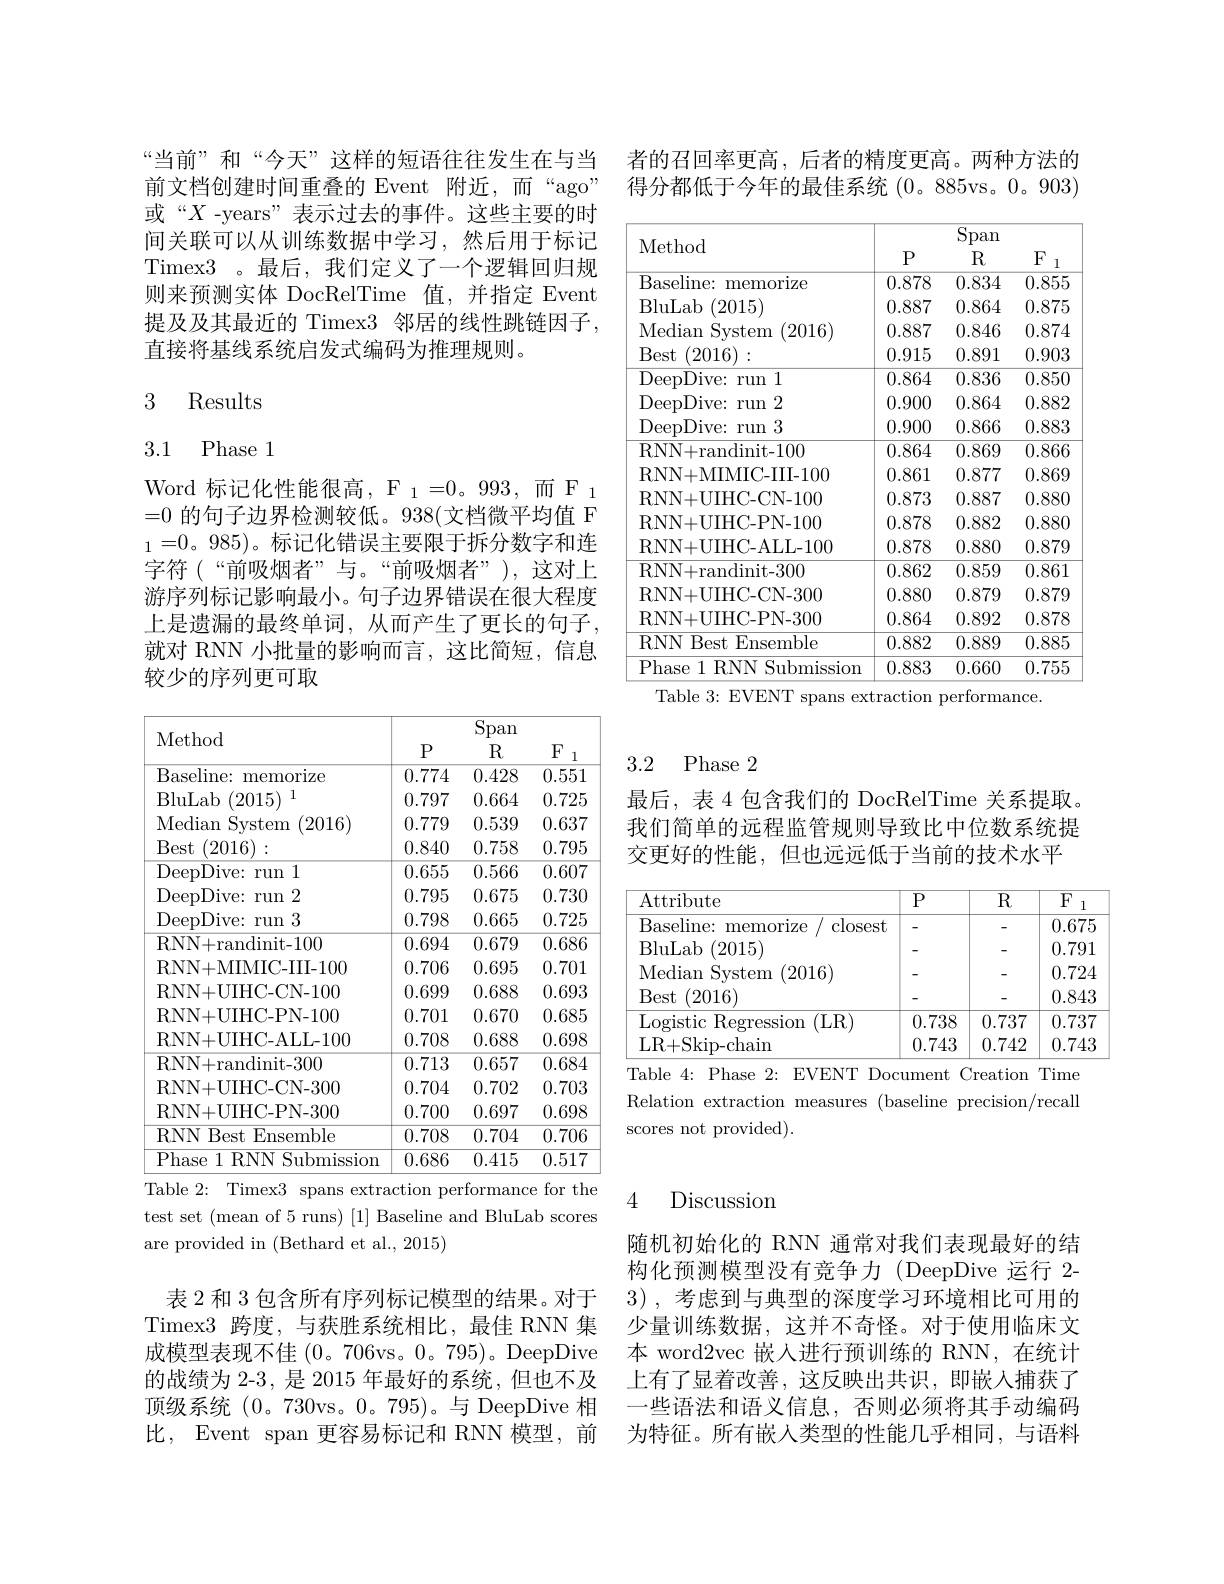
者的召回率更高，后者的精度更高。两种方法的得分都低于今年的最佳系统(0。885vs。0。903)

<table>
	<tbody>
		<tr>
			<th rowspan="2">Method</th>
			<th colspan="3">Span</th>
		</tr>
		<tr>
			<th>$P$</th>
			<th>$R$</th>
			<th>$F$ 1</th>
		</tr>
		<tr>
			<td>Baseline: memorize</td>
			<td>0.878</td>
			<td>0.834</td>
			<td>0.855</td>
		</tr>
		<tr>
			<td>BluLab . (2015)</td>
			<td>0.887</td>
			<td>0.864</td>
			<td>0.875</td>
		</tr>
		<tr>
			<td>Median System (2016)</td>
			<td>0.887</td>
			<td>0.846</td>
			<td>0.874</td>
		</tr>
		<tr>
			<td>Best (2016)</td>
			<td>0.915</td>
			<td>0.891</td>
			<td>0.903</td>
		</tr>
		<tr>
			<td>DeepDive: run 1</td>
			<td>0.864</td>
			<td>0.836</td>
			<td>0.850</td>
		</tr>
		<tr>
			<td>DeepDive: run 2</td>
			<td>0.900</td>
			<td>0.864</td>
			<td>0.882</td>
		</tr>
		<tr>
			<td>DeepDive: run 3</td>
			<td>0.900</td>
			<td>0.866</td>
			<td>0.883</td>
		</tr>
		<tr>
			<td>RNN+randinit-100</td>
			<td>0.864</td>
			<td>0.869</td>
			<td>0.866</td>
		</tr>
		<tr>
			<td>RNN+ MIMIC- III- 100</td>
			<td>0.861</td>
			<td>0.877</td>
			<td>0.869</td>
		</tr>
		<tr>
			<td>RNN+UIHC-CN-100</td>
			<td>0.873</td>
			<td>0.887</td>
			<td>0.880</td>
		</tr>
		<tr>
			<td>RNN+UIHC-PN-100</td>
			<td>0.878</td>
			<td>0.882</td>
			<td>0.880</td>
		</tr>
		<tr>
			<td>RNN+ UIHC- ALL- 100</td>
			<td>0.878</td>
			<td>0.880</td>
			<td>0.879</td>
		</tr>
		<tr>
			<td>RNN+randinit-300</td>
			<td>0.862</td>
			<td>0.859</td>
			<td>0.861</td>
		</tr>
		<tr>
			<td>RNN+UIHC-CN-300</td>
			<td>0.880</td>
			<td>0.879</td>
			<td>0.879</td>
		</tr>
		<tr>
			<td>RNN+ UIHC- PN- 300</td>
			<td>0.864</td>
			<td>0.892</td>
			<td>0.878</td>
		</tr>
		<tr>
			<td>RNN Best Ensemble</td>
			<td>0.882</td>
			<td>0.889</td>
			<td>0.885</td>
		</tr>
		<tr>
			<td>Phase 1 RNN Submission</td>
			<td>0.883</td>
			<td>0.660</td>
			<td>0.755</td>
		</tr>
	</tbody>
</table>
Table 3: EVENT spans extraction performance.

“当前”和“今天”这样的短语往往发生在与当前文档创建时间重叠的 Event 附近，而“ago” 或“$X$ -years”表示过去的事件。这些主要的时间关联可以从训练数据中学习，然后用于标记Timex3 。最后，我们定义了一个逻辑回归规则来预测实体 DocRelTime 值，并指定 Event 提及及其最近的 Timex3 邻居的线性跳链因子， 直接将基线系统启发式编码为推理规则。

## 3 Results

# 3.1 Phase 1

Word 标 记 化 性 能 很 高 , $F_{1}$= 0。993, 而 $F_{1}$ =0的句子边界检测较低。938(文档微平均值 F $_1=0$。985)。标记化错误主要限于拆分数字和连字符(“前吸烟者”与。“前吸烟者”),这对上游序列标记影响最小。句子边界错误在很大程度上是遗漏的最终单词，从而产生了更长的句子， 就对 RNN 小批量的影响而言，这比简短，信息较少的序列更可取

<table>
	<tbody>
		<tr>
			<th rowspan="2">Method</th>
			<th colspan="3">Span</th>
		</tr>
		<tr>
			<th>$P$</th>
			<th>$R$</th>
			<th>$F$ 1</th>
		</tr>
		<tr>
			<td>Baseline: memorize</td>
			<td>0.774</td>
			<td>0.428</td>
			<td>0.551</td>
		</tr>
		<tr>
			<td>BluLab (2015) 1</td>
			<td>0.797</td>
			<td>0.664</td>
			<td>0.725</td>
		</tr>
		<tr>
			<td>Median Svstem (2016)</td>
			<td>0.779</td>
			<td>0.539</td>
			<td>0.637</td>
		</tr>
		<tr>
			<td>Best (2016)</td>
			<td>0.840</td>
			<td>0.758</td>
			<td>0.795</td>
		</tr>
		<tr>
			<td>DeepDive: run 11</td>
			<td>0.655</td>
			<td>0.566</td>
			<td>0.607</td>
		</tr>
		<tr>
			<td>DeepDive: run 2</td>
			<td>0.795</td>
			<td>0.675</td>
			<td>0.730</td>
		</tr>
		<tr>
			<td>DeepDive: run 3</td>
			<td>0.798</td>
			<td>0.665</td>
			<td>0.725</td>
		</tr>
		<tr>
			<td>RNN+randinit-100</td>
			<td>0.694</td>
			<td>0.679</td>
			<td>0.686</td>
		</tr>
		<tr>
			<td>RNN+MMIC-III-100</td>
			<td>0.706</td>
			<td>0.695</td>
			<td>0.701</td>
		</tr>
		<tr>
			<td>RNN+UIHC-CN-100</td>
			<td>0.699</td>
			<td>0.688</td>
			<td>0.693</td>
		</tr>
		<tr>
			<td>RNN+UIHC-PN-100</td>
			<td>0.701</td>
			<td>0.670</td>
			<td>0.685</td>
		</tr>
		<tr>
			<td>RNN+ UIHC- ALL- 100</td>
			<td>0.708</td>
			<td>0.688</td>
			<td>0.698</td>
		</tr>
		<tr>
			<td>RNN+randinit-300</td>
			<td>0.713</td>
			<td>0.657</td>
			<td>0.684</td>
		</tr>
		<tr>
			<td>RNN+UIHC-CN-300</td>
			<td>0.704</td>
			<td>0.702</td>
			<td>0.703</td>
		</tr>
		<tr>
			<td>RNN+UIHC-PN-300</td>
			<td>0.700</td>
			<td>0.697</td>
			<td>0.698</td>
		</tr>
		<tr>
			<td>RNN Best Ensemble</td>
			<td>0.708</td>
			<td>0.704</td>
			<td>0.706</td>
		</tr>
		<tr>
			<td>Phase e 1 RNN Submission</td>
			<td>0.686</td>
			<td>0.415</td>
			<td>0.517</td>
		</tr>
	</tbody>
</table>
Table 2: Timex3 spans extraction performance for the

test set (mean of 5 runs) [1] Baseline and BluLab scores
are provided in (Bethard et al., 2015)

表 2 和 3 包含所有序列标记模型的结果。对于Timex3 跨度，与获胜系统相比，最佳 RNN 集成模型表现不佳 (0。706vs。0。795)。DeepDive 的战绩为 2-3, 是 2015 年最好的系统，但也不及顶级系统(0。730vs。0。795)。与 DeepDive 相比，Event span 更容易标记和 RNN 模型，前

## 3.2 Phase 2

最后，表 4 包含我们的 DocRelTime 关系提取。我们简单的远程监管规则导致比中位数系统提交更好的性能，但也远远低于当前的技术水平

<table>
	<tbody>
		<tr>
			<th>Attribute</th>
			<th>${\overline{P}}$</th>
			<th>$\overline{\mathrm{R}}$</th>
			<th>$F$ 1</th>
		</tr>
		<tr>
			<td>Baseline: memorize closest</td>
			<td> </td>
			<td> </td>
			<td>0.675</td>
		</tr>
		<tr>
			<td>(2015) BluLab</td>
			<td>-</td>
			<td>-</td>
			<td>0.791</td>
		</tr>
		<tr>
			<td>(2016) Median System</td>
			<td> </td>
			<td> </td>
			<td>0.724</td>
		</tr>
		<tr>
			<td>Best (2016)</td>
			<td> </td>
			<td> </td>
			<td>0.843</td>
		</tr>
		<tr>
			<td>Logistic Regression (LR)</td>
			<td>0.738</td>
			<td>0.737</td>
			<td>0.737</td>
		</tr>
		<tr>
			<td>LR+ Skip- chain</td>
			<td>0.743</td>
			<td>0.742</td>
			<td>0.743</td>
		</tr>
	</tbody>
</table>
Table 4: Phase 2: EVENT Document Creation Time

Relation extraction measures (baseline precision/recall
scores not provided).

## 4 Discussion

随机初始化的 RNN 通常对我们表现最好的结果构化预测模型没有竞争力(DeepDive 运行 2- 3) , 考虑到与典型的深度学习环境相比可用的少量训练数据，这并不奇怪。对于使用临床文本 word2vec 嵌入进行预训练的 RNN,在统计上有了显着改善，这反映出共识，即嵌入捕获了一些语法和语义信息，否则必须将其手动编码为特征。所有嵌入类型的性能几乎相同，与语料